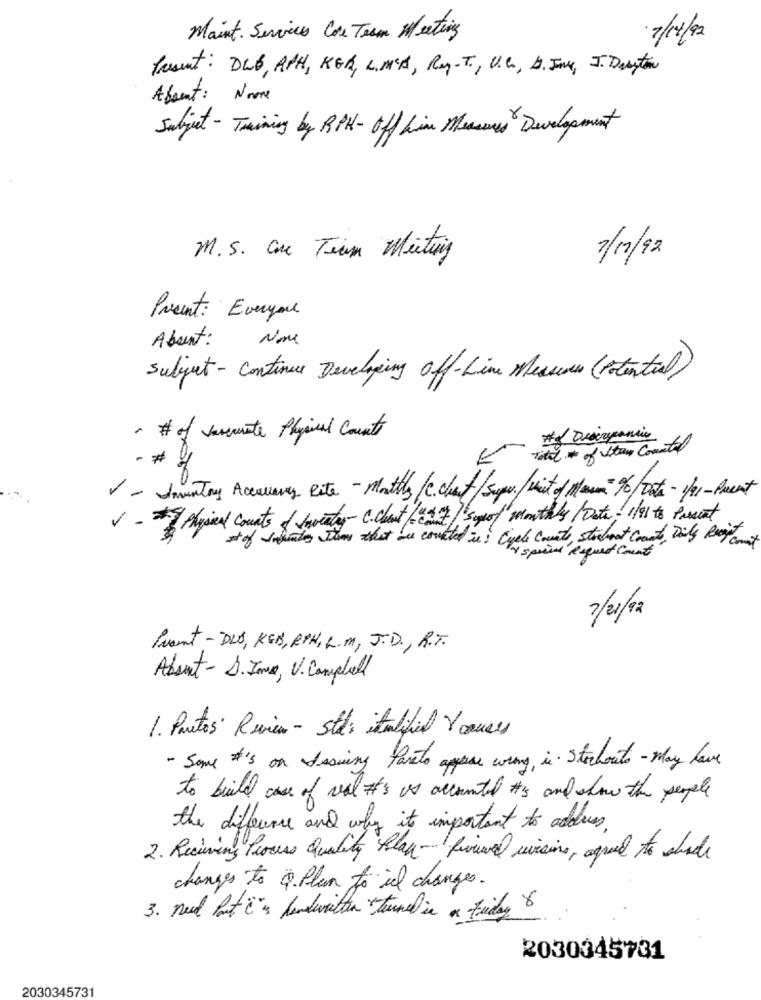
Maint. Services Core Team Meeting
7/04/92
Present: DUB, RPH, KER, L,MIS, Ry.T ., U.C, D. JM, J. Dayton
Absent: Noone
Subject - Training by RPH - Off Line Mesures Development
M.S. Com Team Meeting
7/11/92
Present: Everyone
About :
Nome
Subject - Continue Developing off-Line Measures (Potential)
· # of varemate Physical Counts
-*
V Told * of vitam Countal
V - Imuntay Accurrency Rite - Mathy/C. chat/Super./vit of Mamma- 96/Data - for-Parent
V - physical counts & tweety- c. chest /"do7)
627/ Suo/ monthly /Data. 1/91 to Passent
Cycle County, Student Counts, Daily Recy coment
2/21/92
Pont - DLO, KEB, RPH, L.M. J.D ., R.T.
Absent - D. James, V. Campbell
1. Puntos Review - 5tl italifiel Ycauses
- Some #'s on Issuing Pareto appease wrong, in Stockout - May have
to build case of real #'s is accounted it's and slow the people
the difference and why it's important to addres.
2. Receiving Process Quality Play- finnerduvisione, agred to shade
changes to " Plan to il changes.
3. need but i'm handwritten turnedin a friday 8
2030345731
2030345731